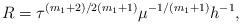
LaTeX: \begin{align*}R=\tau^{(m_1+2)/2(m_1+1)}\mu^{-1/(m_1+1)}h^{-1},\end{align*}